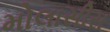
મોલાસીસ